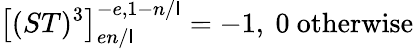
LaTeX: \left[(ST)^{3}\right]_{en/\mathsf{I}}^{-e,1-n/\mathsf{I}}=-1,\ 0\mathrm{{~otherwise}}